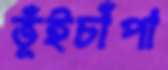
ভূঁইচাঁপা